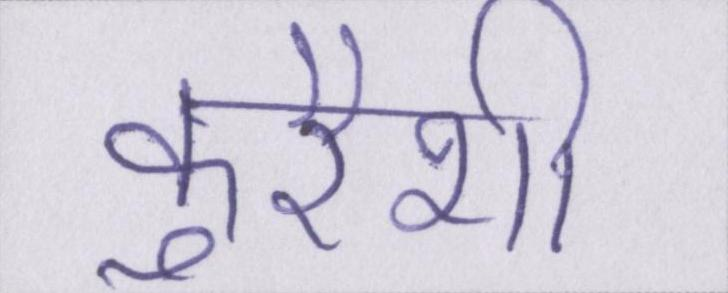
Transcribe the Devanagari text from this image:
कुरैशी